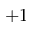
+ 1